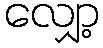
လျှော့